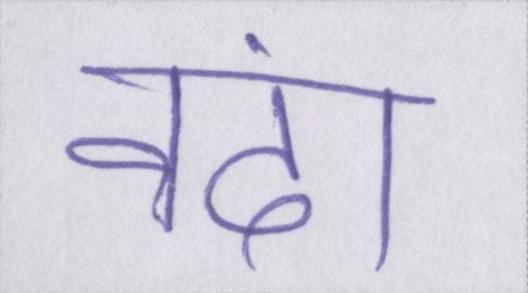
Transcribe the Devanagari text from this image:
नंदा